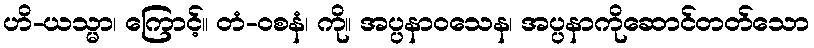
ဟိ-ယသ္မာ၊ ကြောင့်။ တံ-ဝစနံ၊ ကို။ အပ္ပနာဝသေန၊ အပ္ပနာကိုဆောင်တတ်သော